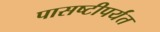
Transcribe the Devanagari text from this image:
पासष्टीपर्यंत